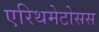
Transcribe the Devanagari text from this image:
एरिथमेटोसस